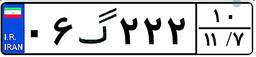
۰۶گ۲۲۲۱۰